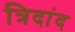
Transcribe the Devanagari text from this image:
त्रिदांद